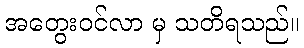
အတွေးဝင်လာ မှ သတိရသည်။